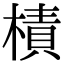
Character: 樍